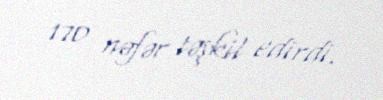
170 nəfər təşkil edirdi.